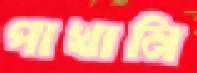
পাখানি